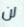
لن